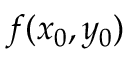
f ( x _ { 0 } , y _ { 0 } )